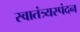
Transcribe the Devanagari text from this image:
स्वातंत्र्यस्पंदन